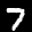
Label: 7